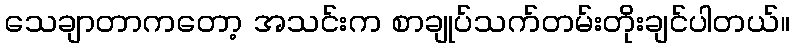
သေချာတာကတော့ အသင်းက စာချုပ်သက်တမ်းတိုးချင်ပါတယ်။